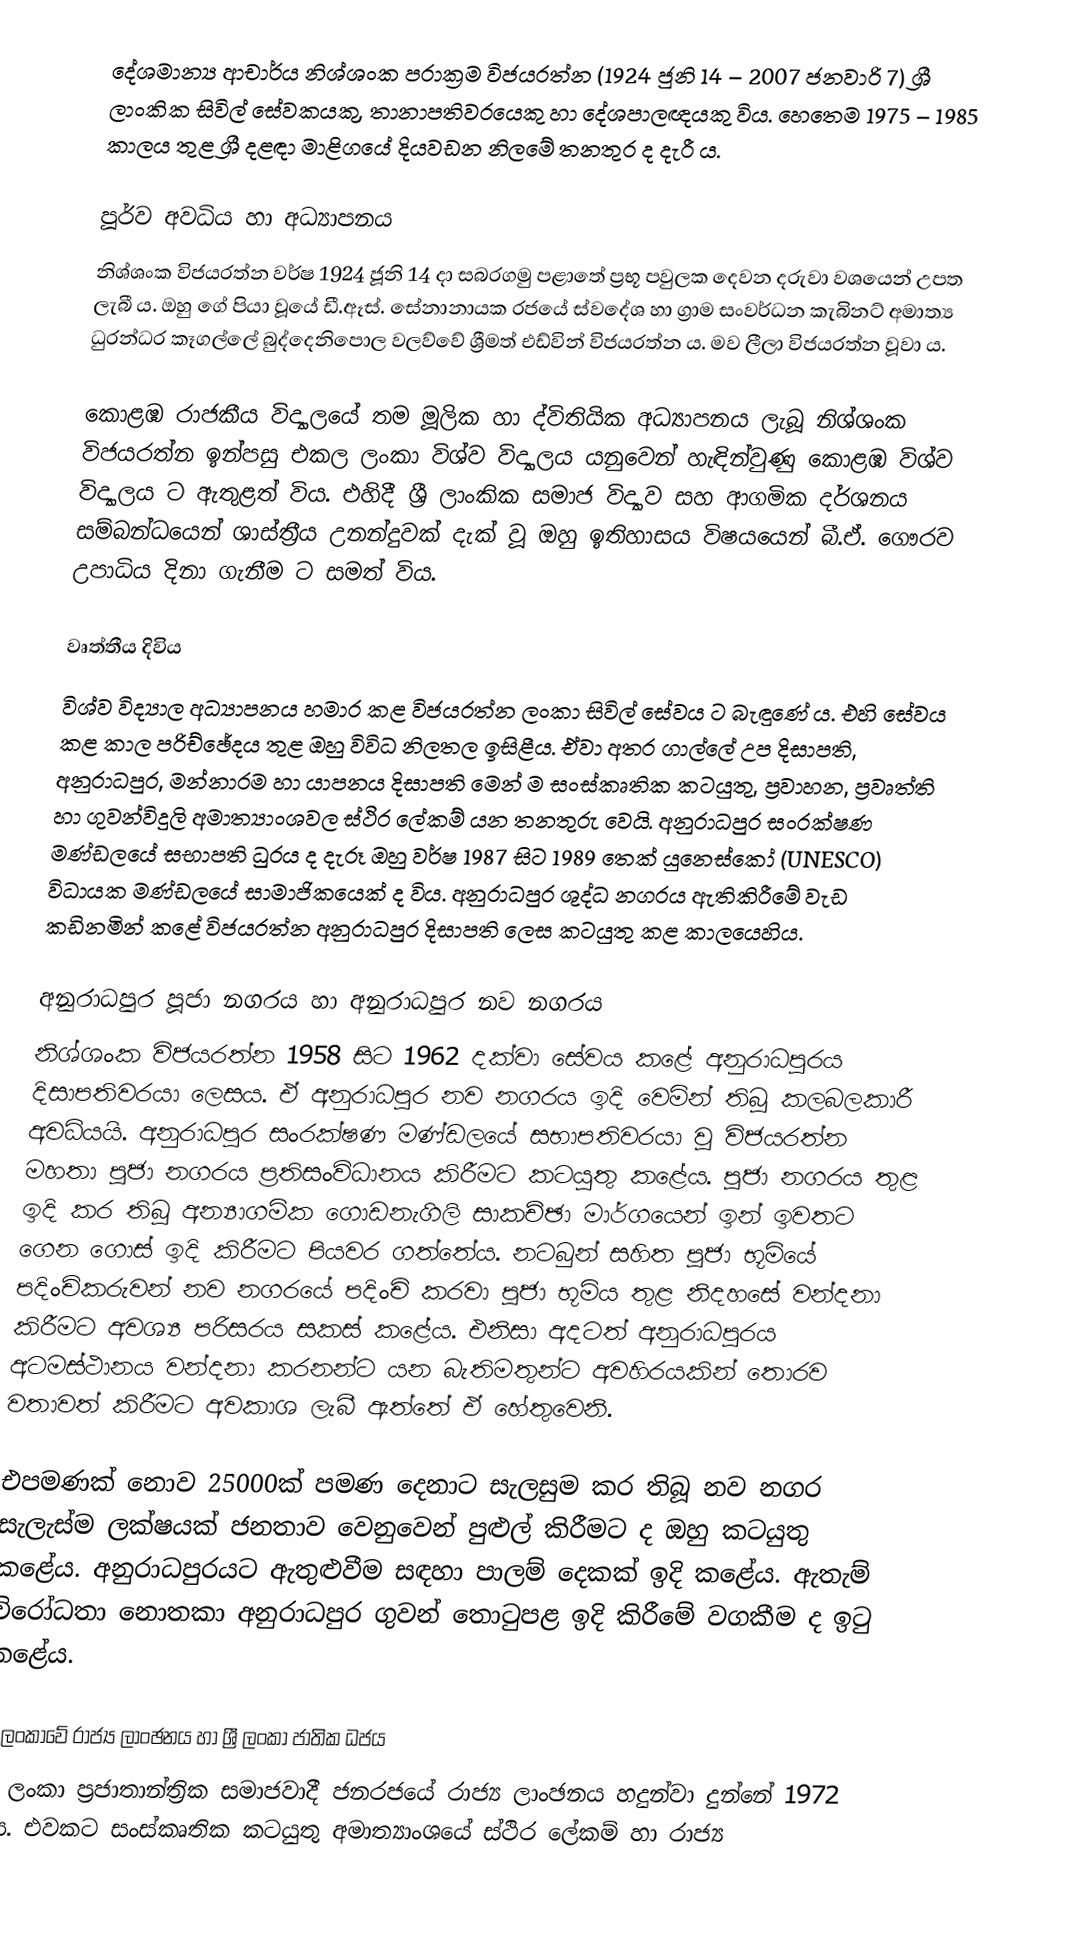
‍දේශමාන්‍ය ආචාර්ය නිශ්ශංක පරාක්‍රම විජයරත්න (1924 ජුනි 14 – 2007 ජනවාරි 7) ශ්‍රී ලාංකික සිවිල් සේවකයකු, තානාපතිවරයෙකු හා දේශපාලඥයකු විය. හෙතෙම 1975 – 1985 කාලය තුළ ශ්‍රී දළඳා මාළිගයේ දියවඩන නිලමේ තනතුර ද දැරී ය.

පූර්ව අවධිය හා අධ්‍යාපනය
නිශ්ශංක විජයරත්න වර්ෂ 1924 ජූනි 14 දා සබරගමු පළාතේ ප්‍රභූ පවුලක දෙවන දරුවා වශයෙන් උපත ලැබී ය. ඔහු ගේ පියා වූයේ  ඩී.ඈස්. සේනානායක රජයේ ස්වදේශ හා ග්‍රාම සංවර්ධන කැබිනට් අමාත්‍ය ධුරන්ධර  කෑගල්ලේ බුද්දෙනිපොල වලව්වේ  ශ්‍රීමත් එඩ්වින් විජයරත්න ය. මව ලීලා විජයරත්න වූවා ය.

 කොළඹ රාජකීය විද්‍යාලයේ  තම මූලික හා ද්විතියික අධ්‍යාපනය ලැබූ නිශ්ශංක විජයරත්න ඉන්පසු එකල ලංකා විශ්ව විද්‍යාලය යනුවෙන් හැඳින්වුණු කොළඹ විශ්ව විද්‍යාලය ට ඇතුළත් විය. එහිදී  ශ්‍රී ලාංකික සමාජ විද්‍යාව සහ ආගමික දර්ශනය සම්බන්ධයෙන් ශාස්ත්‍රීය උනන්දුවක් දැක් වූ ඔහු ඉතිහාසය විෂයයෙන් බී.ඒ. ගෞරව උපාධිය දිනා ගැනීම ට සමත් විය.

වෘත්තීය දිවිය
විශ්ව විද්‍යාල අධ්‍යාපනය හමාර කළ විජයරත්න ලංකා සිවිල් සේවය ට බැඳුණේ ය. එහි සේවය කළ කාල පරිච්ඡේදය තුළ ඔහු විවිධ නිලතල ඉසිළීය. ඒවා අතර ගාල්ලේ උප දිසාපති, අනුරාධපුර, මන්නාරම හා යාපනය දිසාපති මෙන් ම සංස්කෘතික කටයුතු, ප්‍රවාහන, ප්‍රවෘත්ති හා ගුවන්විදුලි  අමාත්‍යාංශවල ස්ථිර ලේකම් යන තනතුරු වෙයි. අනුරාධපුර සංරක්ෂණ මණ්ඩලයේ සභාපති ධුරය ද දැරූ ඔහු වර්ෂ 1987 සිට 1989 තෙක් යුනෙස්කෝ (UNESCO) විධායක මණ්ඩලයේ සාමාජිකයෙක් ද විය. අනුරාධපුර ශුද්ධ නගරය ඇතිකිරීමේ වැඩ කඩිනමින් කළේ විජයරත්න අනුරාධපුර දිසාපති ලෙස කටයුතු කළ කාලයෙහිය.

අනුරාධපුර පූජා නගරය හා අනුරාධපුර නව නගරය
නිශ්ශංක විජයරත්න 1958 සිට 1962 දක්වා සේවය කළේ අනුරාධපුරය දිසාපතිවරයා ලෙසය. ඒ අනුරාධපුර නව නගරය ඉදි වෙමින් තිබූ කලබලකාරී අවධියයි. අනුරාධපුර සංරක්ෂණ මණ්ඩලයේ සභාපතිවරයා වූ විජයරත්න මහතා පූජා නගරය ප්‍රතිසංවිධානය කිරීමට කටයුතු කළේය. පූජා නගරය තුළ ඉදි කර තිබූ අන්‍යාගමික ගොඩනැගිලි සාකච්ඡා මාර්ගයෙන් ඉන් ඉවතට ගෙන ගොස් ඉදි කිරීමට පියවර ගත්තේය. නටබුන් සහිත පූජා භූමියේ පදිංචිකරුවන් නව නගරයේ පදිංචි කරවා පූජා භූමිය තුළ නිදහසේ වන්දනා කිරීමට අවශ්‍ය පරිසරය සකස් කළේය. එනිසා අදටත් අනුරාධපුරය අටමස්ථානය වන්දනා කරනන්ට යන බැතිමතුන්ට අවහිරයකින් තොරව වතාවත් කිරීමට අවකාශ ලැබී ඇත්තේ ඒ හේතුවෙනි.

එපමණක් නොව 25000ක් පමණ දෙනාට සැලසුම කර තිබූ නව නගර සැලැස්ම ලක්ෂයක් ජනතාව වෙනුවෙන් පුළුල් කිරීමට ද ඔහු කටයුතු කළේය. අනුරාධපුරයට ඇතුළුවීම සඳහා පාලම් දෙකක් ඉදි කළේය. ඇතැම් විරෝධතා නොතකා අනුරාධපුර ගුවන් තොටුපළ ඉදි කිරීමේ වගකීම ද ඉටු කළේය.

ශ්‍රී ලංකාවේ රාජ්‍ය ලාංඡනය හා ශ්‍රී ලංකා ජාතික ධජය
ශ්‍රී ලංකා ප්‍රජාතාන්ත්‍රික සමාජවාදී ජනරජයේ රාජ්‍ය ලාංඡනය හදුන්වා දුන්නේ 1972 දිය. එවකට සංස්කෘතික කටයුතු අමාත්‍යාංශයේ ස්ථිර ලේකම් හා රාජ්‍ය